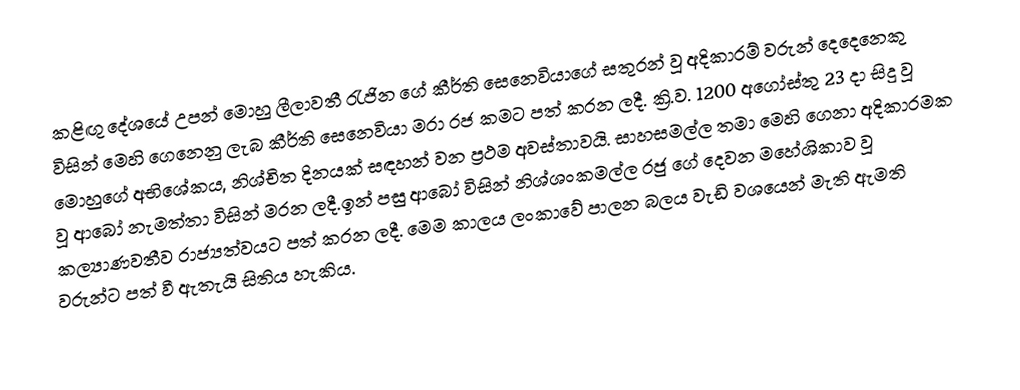
කළිඟු දේශයේ උපන් මොහු ලීලාවතී රැජින ගේ කීර්ති සෙනෙවියාගේ සතුරන් වූ අදිකාරම් වරුන් දෙදෙනෙකු විසින් මෙහි ගෙනෙනු ලැබ කීර්ති සෙනෙවියා මරා රජ කමට පත් කරන ලදී. ක්‍රි.ව. 1200 අගෝස්තු 23 දා සිදු වූ මොහුගේ අභිශේකය, නිශ්චිත දිනයක් සඳහන් වන ප්‍රථම අවස්තාවයි. සාහසමල්ල තමා මෙහි ගෙනා අදිකාරමක වූ ආබෝ නැමත්තා විසින් මරන ලදී.ඉන් පසු ආබෝ විසින් නිශ්ශංකමල්ල රජු ගේ දෙවන මහේශිකාව වූ කල්‍යාණවතීව රාජ්‍යත්වයට පත් කරන ලදී. මෙම කාලය ලංකාවේ පාලන බලය වැඩි වශයෙන් මැති ඇමති වරුන්ට පත් වී ඇතැයි සිතිය හැකිය.